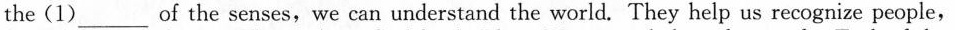
the(1)___ of the senses,we can understand the world. They help us recognize people,